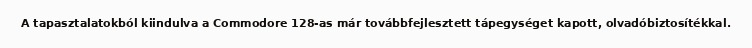
A tapasztalatokból kiindulva a Commodore 128-as már továbbfejlesztett tápegységet kapott, olvadóbiztosítékkal.